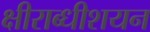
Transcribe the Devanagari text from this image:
क्षीराब्धीशयन